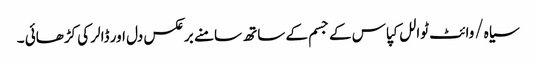
سیاہ/وائٹ ٹوالل کپاس کے جسم کے ساتھ سامنے برعکس دل اور ڈالر کی کڑھائی ۔